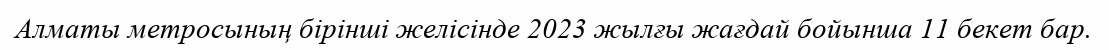
Алматы метросының бірінші желісінде 2023 жылғы жағдай бойынша 11 бекет бар.